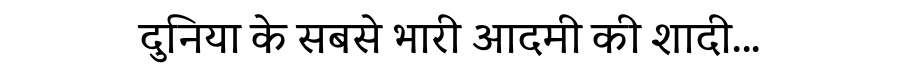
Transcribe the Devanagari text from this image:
दुनिया के सबसे भारी आदमी की शादी...